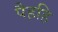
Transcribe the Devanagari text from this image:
पैहहि